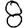
Digit: 8